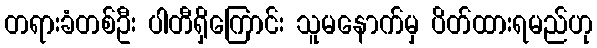
တရားခံတစ်ဦး ပါတီရှိကြောင်း သူမနောက်မှ ပိတ်ထားရမည်ဟု